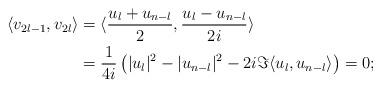
LaTeX: \begin{align*} \langle v_{2l-1},v_{2l} \rangle &=\langle \frac{u_l+u_{n-l}}{2},\frac{u_l-u_{n-l}}{2i} \rangle \\ &=\frac{1}{4i}\left( |u_l|^2-|u_{n-l}|^2-2i \Im \langle u_l,u_{n-l}\rangle \right)=0; \end{align*}